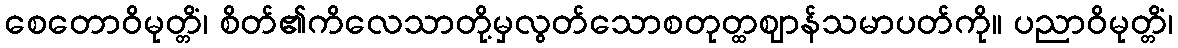
စေတောဝိမုတ္တိံ၊ စိတ်၏ကိလေသာတို့မှလွတ်သောစတုတ္ထဈာန်သမာပတ်ကို။ ပညာဝိမုတ္တိံ၊